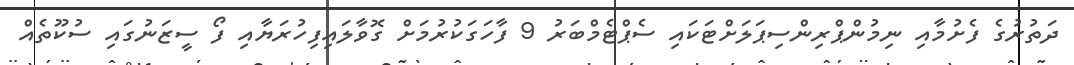
ދަތުރުގެ ފެށުމާއި ނިމުންޕްރިންސިޕަލަށްޓަކައި ސެޕްޓެމްބަރު 9 ފާހަގަކުރުމަށް ގޮވާލައިފިހުރަޔާއި ފޯ ސީޒަނުގައި ސުކޫތެއް